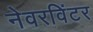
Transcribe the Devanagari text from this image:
नेवरविंटर